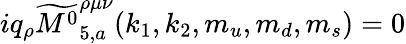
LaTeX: iq_{\rho}\widetilde{{M^{0}}}_{5,a}^{\rho\mu\nu}(k_{1},k_{2},m_{u},m_{d},m_{s})=0